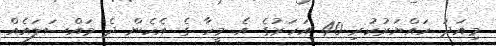
މިއަދު ހައްޔަރުކުރި 40 އަހަރުގެ އެ މީހާާ ގެ އެހެން ދެ މައްސަލައެއް